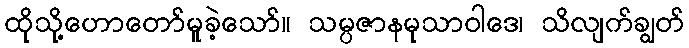
ထိုသို့ဟောတော်မူခဲ့သော်။ သမ္ပဇာနမုသာဝါဒေ၊ သိလျက်ချွတ်